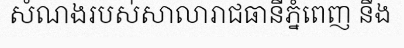
សំណងរបស់សាលារាជធានីភ្នំពេញ នឹង